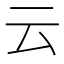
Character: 云